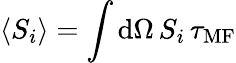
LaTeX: \langle S_{i}\rangle=\int\mathrm{d}\Omega\, S_{i}\, \tau_{\mathrm{MF}}